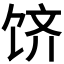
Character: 𬲶